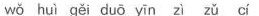
wǒ huì gěi duō yīn zì zǔ cí